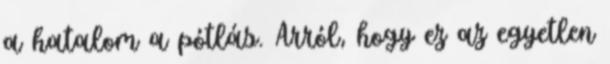
a hatalom a pótlás. Arról, hogy ez az egyetlen